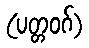
(ပတ္တဝဂ်)